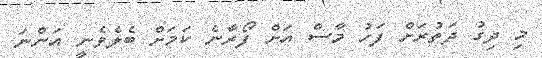
މި ދިގު ދަތުރަށް ފަހު މާސް އަށް ފޯރާނެ ކަމަށް ބެލެވެނީ އަންނަ